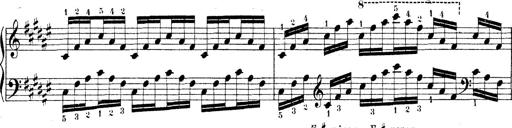
Title: Technische Studien
Composer: Franz Liszt